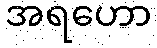
အရဟော